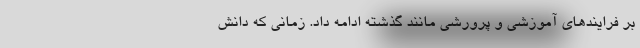
بر فرایندهای آموزشی و پرورشی مانند گذشته ادامه داد. زمانی که دانش